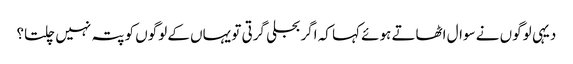
دیہی لوگوں نے سوال اٹھاتے ہوئے کہا کہ اگر بجلی گرتی تو یہاں کے لوگوں کو پتہ نہیں چلتا؟